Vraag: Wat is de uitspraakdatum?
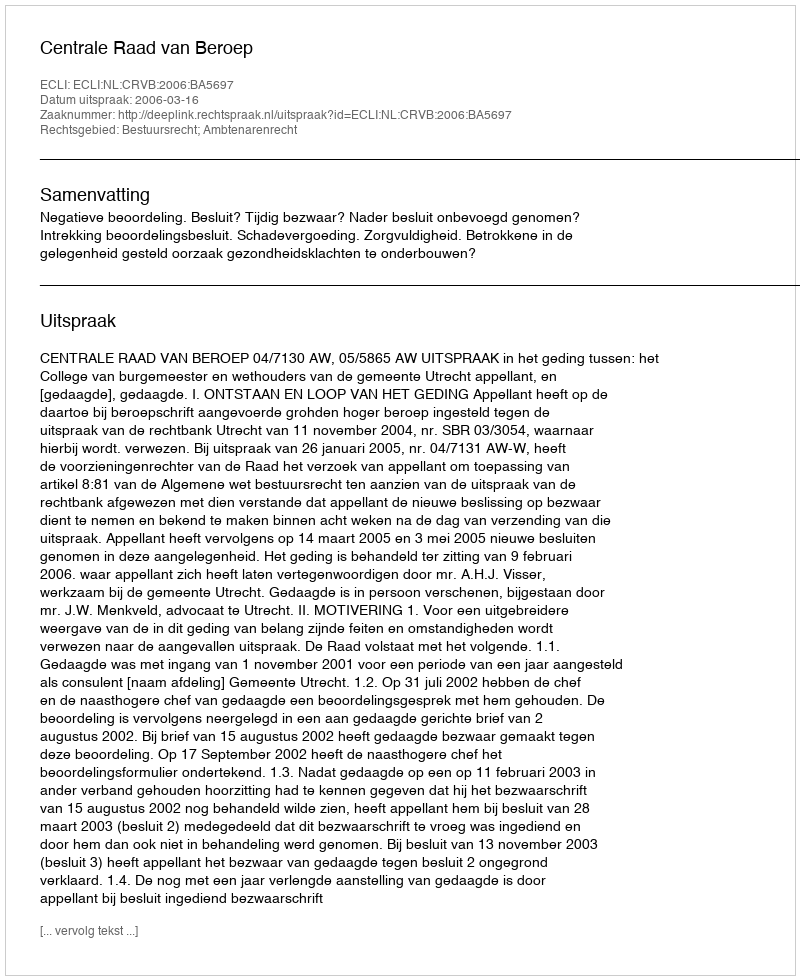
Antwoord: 2006-03-16